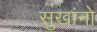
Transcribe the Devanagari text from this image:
सुखांनो